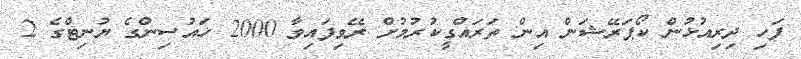
ފަހި ދިރިއުޅުން ކޯޕަރޭޝަން އިން ތަރައްގީކުރުމުށް ރޭވިފައިވާ 2000 ހައުސިންގެ ޔުނިޓްގެ 2